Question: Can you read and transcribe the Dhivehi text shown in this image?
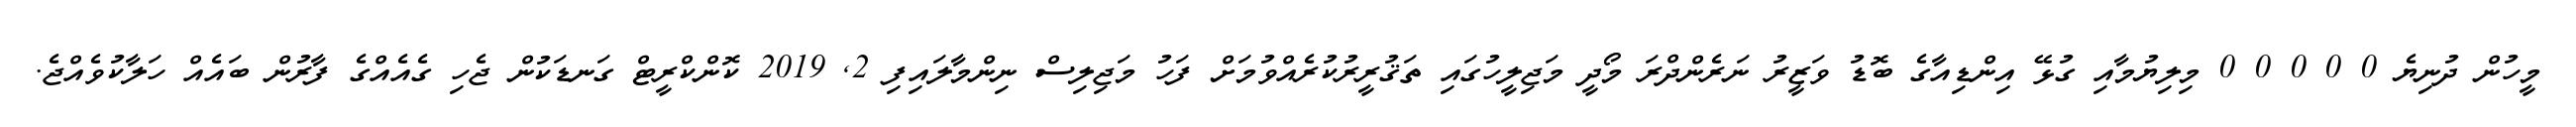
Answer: މީހުން ދުނިޔެ 0 0 0 0 0 މިލިޔުމާއި ގުޅޭ އިންޑިއާގެ ބޮޑު ވަޒީރު ނަރެންދްރަ މޯދީ މަޖިލީހުގައި ތަޤުރީރުކުރެއްވުމަށް ފަހު މަޖިލިސް ނިންމާލައިފި 2, 2019 ކޮންކްރީޓް ގަނޑަކުން ޖެހި ގެއެއްގެ ފާރުން ބައެއް ހަލާކުވެއްޖެ.